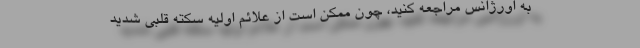
به اورژانس مراجعه کنید، چون ممکن است از علائم اولیه سکته قلبی شدید